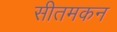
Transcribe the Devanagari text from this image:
सीतमकन